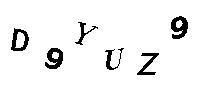
D9YUZ9